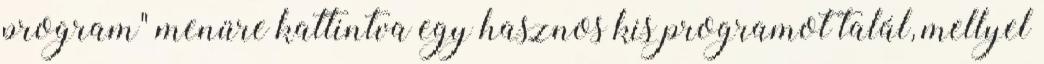
program" menüre kattintva egy hasznos kis programot talál, mellyel